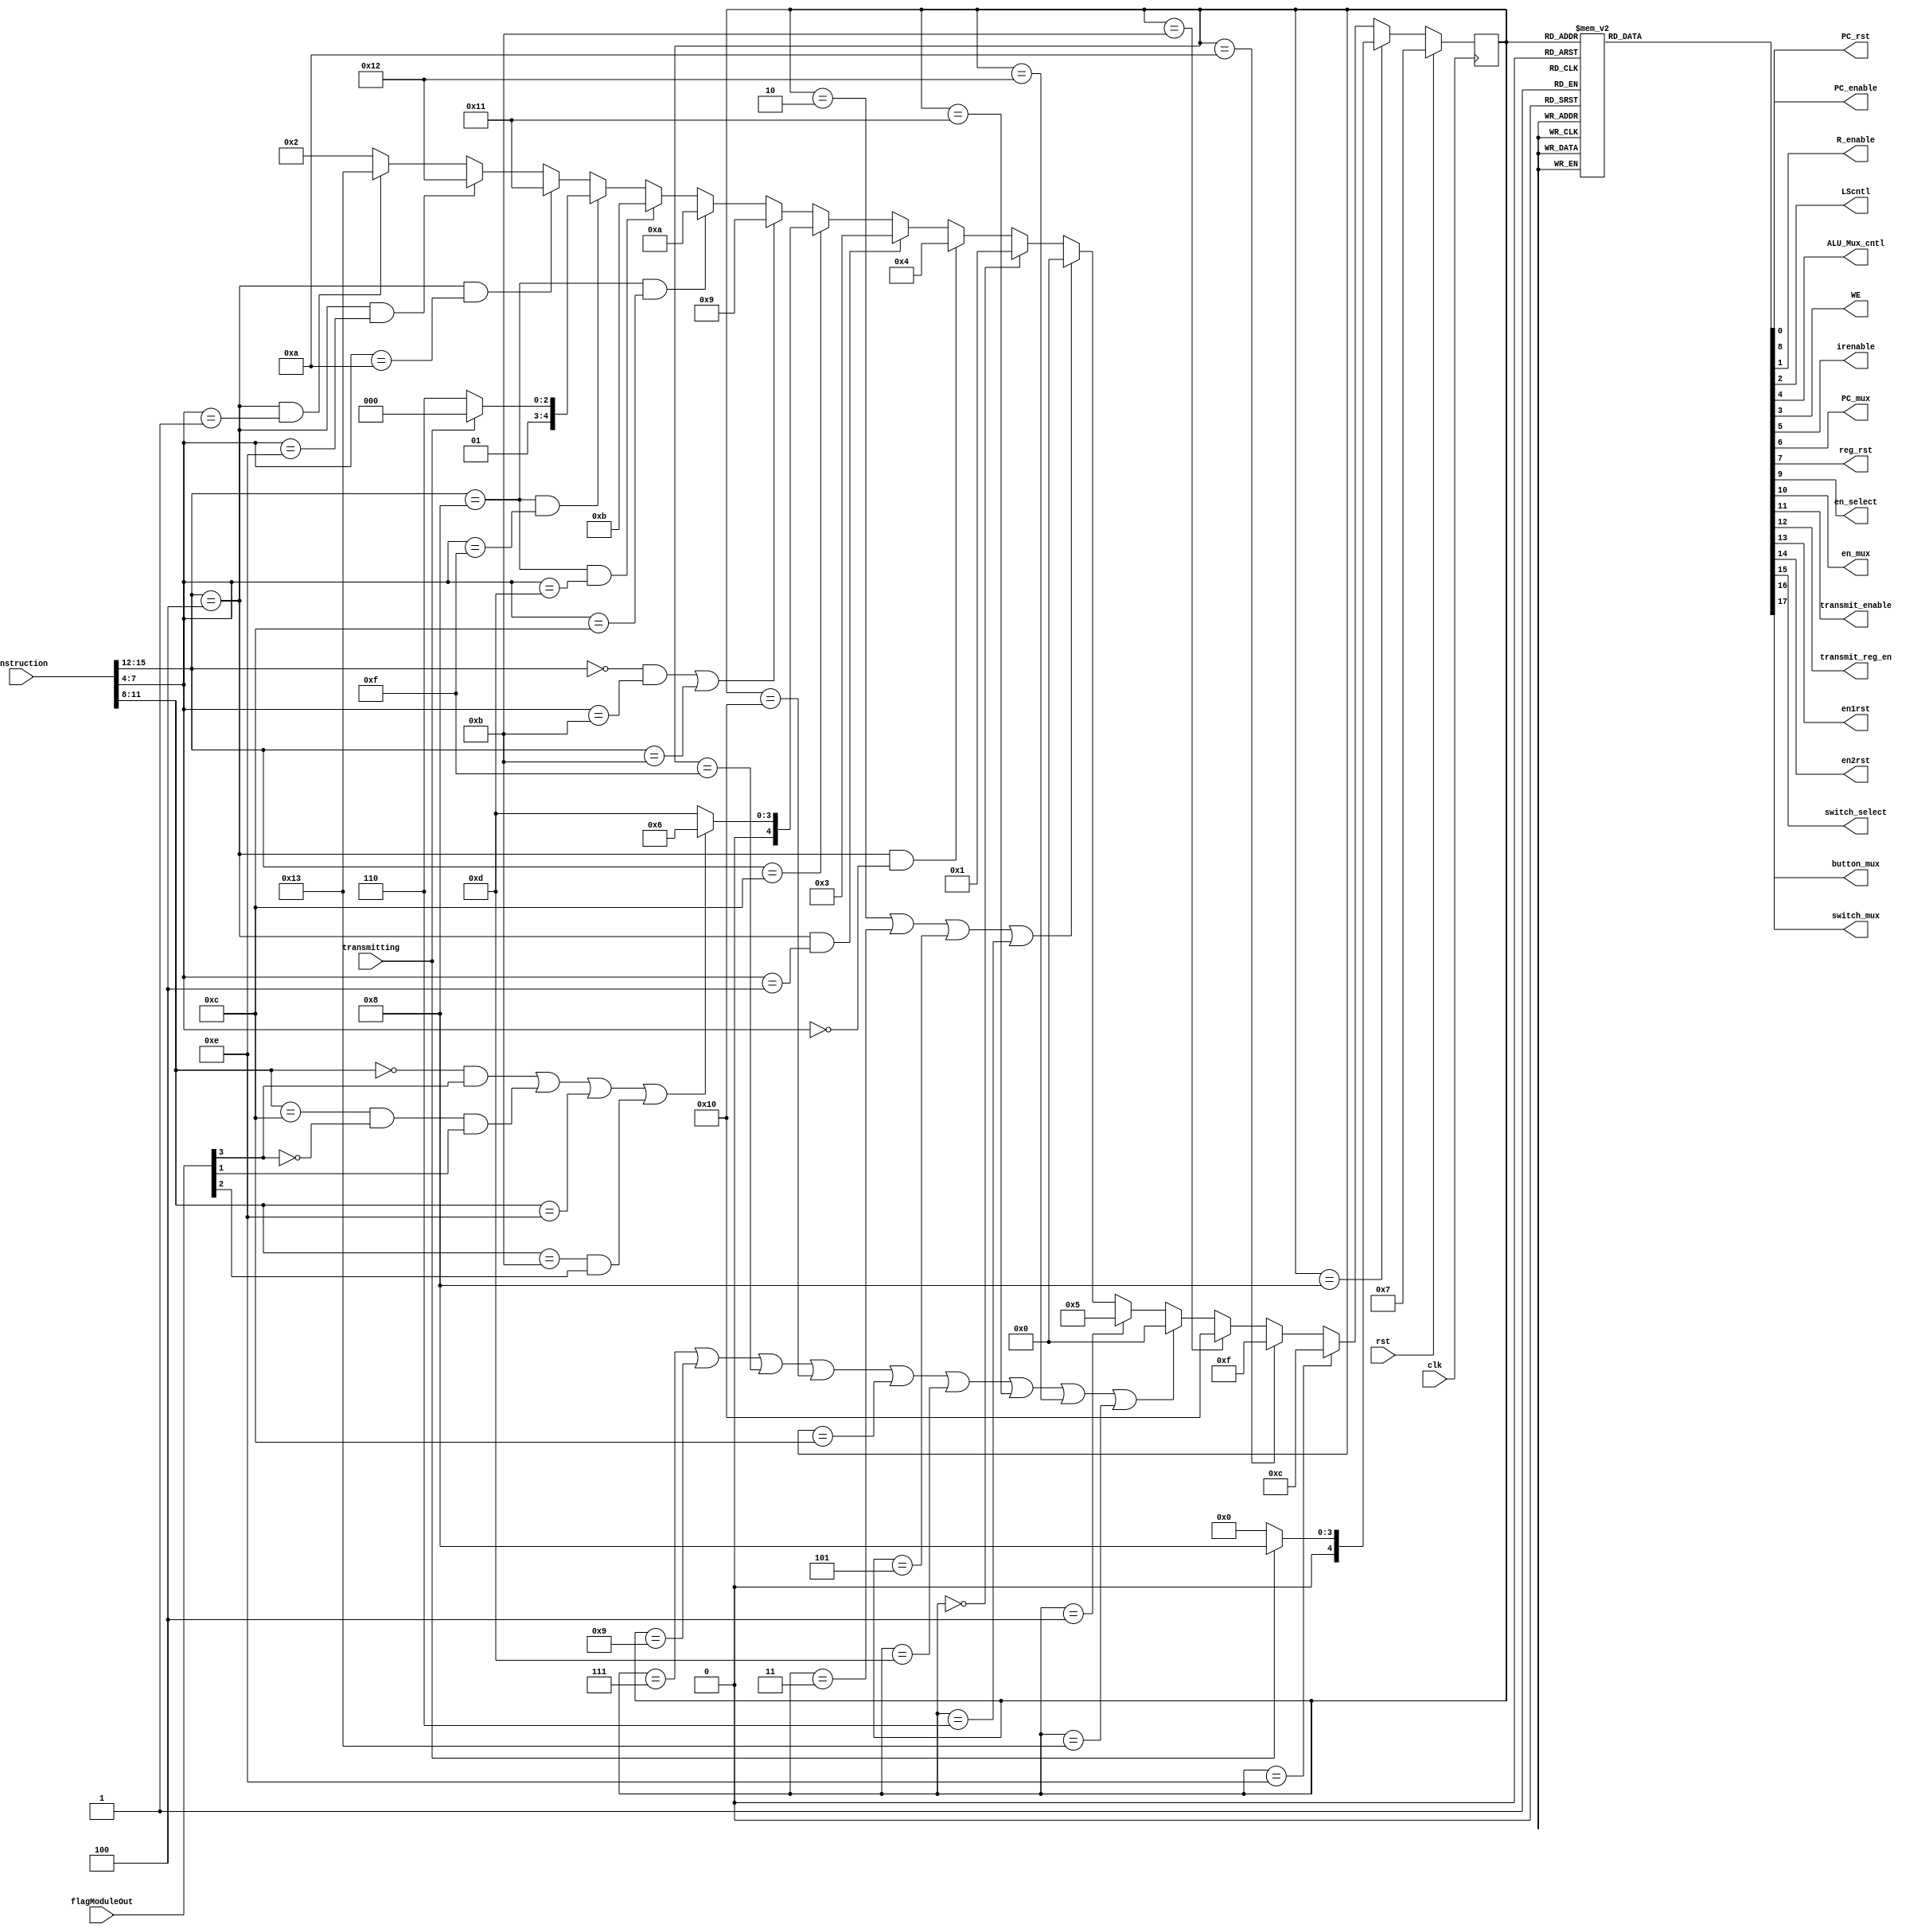
// This file creates an FSM to control basic R-type instructions.

module CPU_FSM(clk, rst, PC_enable, PC_rst, R_enable, LScntl, ALU_Mux_cntl, 
					instruction, WE, flagModuleOut,irenable, PC_mux, reg_rst, 
					en_select, en_mux,transmit_enable, transmitting, transmit_reg_en,en1rst,en2rst,switch_select,switch_mux,button_mux);
	input clk, rst, transmitting;
	input [15:0] instruction;
	input [4:0] flagModuleOut;
	
	output reg PC_enable;
	output reg R_enable;
	output reg LScntl;
	output reg ALU_Mux_cntl, button_mux;
	output reg WE;
	output reg irenable, PC_mux, reg_rst, PC_rst, en_select, en_mux,transmit_enable, transmit_reg_en,en1rst,en2rst,switch_select,switch_mux;
	
	// FSM States --------------------------------------------------------------------------------
	
	//Store state
	reg[4:0] y;
	
	//Parameters for the fsm states
	parameter[4:0] S0 = 5'h0, S1 = 5'h1, S2 = 5'h2, S3 = 5'h3, S4 = 5'h4, S5 = 5'h5, S6 = 5'h6, 
						STARTUP = 5'h7, NOP = 5'h8, CMP = 5'h9, ENC1 = 5'd10, ENC2 = 5'd11, TRANSMIT = 5'd12,
						BRANCH_WAIT = 5'd13, TRANS_LOAD = 5'd14, EN1CLR = 5'd15, EN2CLR = 5'd16, SWITCHESL = 5'd17, SWITCHESR = 5'd18, BUTTONSTART = 5'd19;
						
	//Update state
	always @(posedge clk)
	begin
		if(rst) 
			y <= STARTUP;
			
		else if (y == NOP) begin
			if(!transmitting)
				y <= S0;
			else
				y <= NOP;
		end
		
		else if(y == TRANS_LOAD)
			y <= TRANSMIT;
			
		else if (y == ENC1)
			y <= EN1CLR;
			
		else if (y == ENC2)
			y <= EN2CLR;
			
		else if(y == STARTUP || y == CMP || y == EN1CLR || y == EN2CLR || y == TRANSMIT || y == BRANCH_WAIT || y == SWITCHESL || y == SWITCHESR || y == BUTTONSTART)
			y <= S0;
			
		else if(y == S4) 
			y <= S5;
		
		else if(y == S2 || y == S3 || y == S5 || y == S6) 
			y <= S0;
		else if(y == S0)
			y <= S1;
		else 
		begin
			//Check to see if the current operation is a load instruction
			if (instruction[15:12] == 4'b0100 && instruction[7:4] == 4'b0000) 
				y <=S4;
			
			//Check to see if the current operation is a store instruction
			else if(instruction[15:12] == 4'b0100 && instruction[7:4] == 4'b0100) 
				y <= S3;
			
			//Check to see if the current operation is a branch instruction
			else if(instruction[15:12] == 4'b1100) begin
				if((instruction[11:8] == 4'b0000 && flagModuleOut[3]) || 
					(instruction[11:8] == 4'b1100 && !flagModuleOut[3] && flagModuleOut[1]) || 
					instruction[11:8] == 4'b1110 ||
					instruction[11:8] == 4'b1011 && flagModuleOut[2])
					y <= S6;
				else
					y <= BRANCH_WAIT;
			end
			
			//Check for compare isntruction
			else if((instruction[15:12] == 4'b0000 && instruction[7:4] == 4'b1011) || instruction[15:12] == 4'b1011)
				y <= CMP;
			
			//check for reading from encoder 1
			else if((instruction[15:12] == 4'b1000 && instruction[7:4] == 4'b1100))
				y <= ENC1;	
				
			//check for reading from encoder 2
			else if((instruction[15:12] == 4'b1000 && instruction[7:4] == 4'b1101))
				y <= ENC2;
				
			//check for transmit instruction
			else if((instruction[15:12] == 4'b1000 && instruction[7:4] == 4'b1111)) begin
				if(!transmitting)
					y <= TRANS_LOAD;
				else
					y <= NOP;
			end
			
			//check for load from left switch
			else if((instruction[15:12] == 4'b0100 && instruction[7:4] == 4'b1010))
				y <= SWITCHESL;
			
			//check for load from right switch
			else if((instruction[15:12] == 4'b0100 && instruction[7:4] == 4'b1110))
				y <= SWITCHESR;
			
			//check for load from button into reg	
			else if((instruction[15:12] == 4'b0100 && instruction[7:4] == 4'b0001))
				y <= BUTTONSTART;
			
			
			//If none it must be an R type instruction
			else 
				y <= S2;
		end		
	end
	
	//Update output
	always @(y)
	begin
		case(y)
			S0: begin 
				// 0 disables incrementing PC
				PC_enable = 1'b0;
				// Register write enable
				R_enable = 1'b0;
				// Controls what address to read/write from in memory bus A. (0) from register B, (1) from PC. 
				LScntl = 1'b1;
				// Write enable for memory
				WE = 1'b0;
				// Writeback mux, 1 passes through alu result to wb, 0 changes to memory value.
				ALU_Mux_cntl = 1'b0;
				irenable = 1'b0;
				PC_mux = 1'b0;
				reg_rst = 1'b0;
				PC_rst = 1'b0;
				en_select = 1'b0;
				en_mux = 1'b0;
				transmit_enable = 1'b0;
				transmit_reg_en = 1'b0;
				en1rst = 1'b0;
				en2rst= 1'b0;
				switch_select = 1'b0;
				switch_mux = 1'b0;
				button_mux = 1'b0;
			end
			
			S1: begin
				PC_enable = 1'b0;
				R_enable = 1'b0;
				LScntl = 1'b1;
				WE = 1'b0;
				ALU_Mux_cntl = 1'b0;
				irenable = 1'b1;
				PC_mux = 1'b0;
				reg_rst = 1'b0;
				PC_rst = 1'b0;
				en_select = 1'b0;
				en_mux = 1'b0;
				transmit_enable = 1'b0;
				transmit_reg_en = 1'b0;
				en1rst = 1'b0;
				en2rst= 1'b0;
				switch_select = 1'b0;
				switch_mux = 1'b0;
				button_mux = 1'b0;
			end
			
			//This state is only selected if the instruction is a typical  R/I type
			S2: begin
				PC_enable = 1'b1;
				R_enable = 1'b1; 
				LScntl = 1'b1;
				WE = 1'b0;
				ALU_Mux_cntl = 1'b0;
				irenable = 1'b0;
				PC_mux = 1'b0;
				reg_rst = 1'b0;
				PC_rst = 1'b0;
				en_select = 1'b0;
				en_mux = 1'b0;
				transmit_enable = 1'b0;
				transmit_reg_en = 1'b0;
				en1rst = 1'b0;
				en2rst= 1'b0;
				switch_select = 1'b0;
				switch_mux = 1'b0;
				button_mux = 1'b0;
			end
		
			//This state is only selected if the instruction is store type
			S3: begin 
				PC_enable = 1'b1;
				R_enable = 1'b0;
				LScntl = 1'b0;
				WE = 1'b1;
				ALU_Mux_cntl = 1'bx;
				irenable = 1'b1;
				PC_mux = 1'b0;
				reg_rst = 1'b0;
				PC_rst = 1'b0;
				en_select = 1'b0;
				en_mux = 1'b0;
				transmit_enable = 1'b0;
				transmit_reg_en = 1'b0;
				en1rst = 1'b0;
				en2rst= 1'b0;
				switch_select = 1'b0;
				switch_mux = 1'b0;
				button_mux = 1'b0;
			end
		
			//These two states are only selcted if the instruction is load type
			S4: begin 
				PC_enable = 1'b0;
				R_enable = 1'b0;
				LScntl = 1'b0;
				WE = 1'b0;
				ALU_Mux_cntl = 1'b0;
				irenable = 1'b0;
				PC_mux = 1'b0;
				reg_rst = 1'b0;
				PC_rst = 1'b0;
				en_select = 1'b0;
				en_mux = 1'b0;
				transmit_enable = 1'b0;
				transmit_reg_en = 1'b0;
				en1rst = 1'b0;
				en2rst= 1'b0;
				switch_select = 1'b0;
				switch_mux = 1'b0;
				button_mux = 1'b0;
			end
		
			// Load the value from the address loaded in S4 into a register.
			S5: begin 
				PC_enable = 1'b1;
				R_enable = 1'b1;
				LScntl = 1'b0;
				WE = 1'b0;
				ALU_Mux_cntl = 1'b1;
				irenable = 1'b0;
				PC_mux = 1'b0;
				reg_rst = 1'b0;
				PC_rst = 1'b0;
				en_select = 1'b0;
				en_mux = 1'b0;
				transmit_enable = 1'b0;
				transmit_reg_en = 1'b0;
				en1rst = 1'b0;
				en2rst= 1'b0;
				switch_select = 1'b0;
				switch_mux = 1'b0;
				button_mux = 1'b0;
			end
			
			// Increment the program counter with the brach displacement
			S6: begin 
				PC_enable = 1'b1;
				R_enable = 1'b0;
				LScntl = 1'b1;
				WE = 1'b0;
				ALU_Mux_cntl = 1'b0;
				irenable = 1'b0;
				PC_mux = 1'b1;
				reg_rst = 1'b0;
				PC_rst = 1'b0;
				en_select = 1'b0;
				en_mux = 1'b0;
				transmit_enable = 1'b0;
				transmit_reg_en = 1'b0;
				en1rst = 1'b0;
				en2rst= 1'b0;
				switch_select = 1'b0;
				switch_mux = 1'b0;
				button_mux = 1'b0;
			end
			
			// Startup state to initialize registers
			STARTUP: begin 
				PC_enable = 1'b0;
				R_enable = 1'b0;
				LScntl = 1'b0;
				WE = 1'b0;
				ALU_Mux_cntl = 1'b0;
				irenable = 1'b0;
				PC_mux = 1'b0;
				reg_rst = 1'b1;
				PC_rst = 1'b1;
				en_select = 1'b0;
				en_mux = 1'b0;
				transmit_enable = 1'b0;
				transmit_reg_en = 1'b0;
				en1rst = 1'b0;
				en2rst= 1'b0;
				switch_select = 1'b0;
				switch_mux = 1'b0;
				button_mux = 1'b0;
			end
			// Do nothing but update PC
			BRANCH_WAIT: begin
				PC_enable = 1'b1;
				R_enable = 1'b0;
				LScntl = 1'b0;
				WE = 1'b0;
				ALU_Mux_cntl = 1'b0;
				irenable = 1'b0;
				PC_mux = 1'b0;
				reg_rst = 1'b0;
				PC_rst = 1'b0;
				en_select = 1'b0;
				en_mux = 1'b0;
				transmit_enable = 1'b0;
				transmit_reg_en = 1'b0;
				en1rst = 1'b0;
				en2rst= 1'b0;
				switch_select = 1'b0;
				switch_mux = 1'b0;
				button_mux = 1'b0;				
			end
			
			// Do nothing
			NOP: begin
				PC_enable = 1'b0;
				R_enable = 1'b0;
				LScntl = 1'b1;
				WE = 1'b0;
				ALU_Mux_cntl = 1'b0;
				irenable = 1'b0;
				PC_mux = 1'b0;
				reg_rst = 1'b0;
				PC_rst = 1'b0;
				en_select = 1'b0;
				en_mux = 1'b0;
				transmit_enable = 1'b0;
				transmit_reg_en = 1'b0;	
				en1rst = 1'b0;
				en2rst= 1'b0;
				switch_select = 1'b0;
				switch_mux = 1'b0;
				button_mux = 1'b0;
			end
			CMP: begin
				PC_enable = 1'b1;
				R_enable = 1'b0; 
				LScntl = 1'b1;
				WE = 1'b0;
				ALU_Mux_cntl = 1'b0;
				irenable = 1'b0;
				PC_mux = 1'b0;
				reg_rst = 1'b0;
				PC_rst = 1'b0;
				en_select = 1'b0;
				en_mux = 1'b0;
				transmit_enable = 1'b0;
				transmit_reg_en = 1'b0;
				en1rst = 1'b0;
				en2rst= 1'b0;
				switch_select = 1'b0;
				switch_mux = 1'b0;
				button_mux = 1'b0;
			end
			
			ENC1: begin
				PC_enable = 1'b0;
				R_enable = 1'b1; 
				LScntl = 1'b1;
				WE = 1'b0;
				ALU_Mux_cntl = 1'b0;
				irenable = 1'b0;
				PC_mux = 1'b0;
				reg_rst = 1'b0;
				PC_rst = 1'b0;
				en_select = 1'b0;
				en_mux = 1'b1;
				transmit_enable = 1'b0;
				transmit_reg_en = 1'b0;
				en1rst = 1'b0;
				en2rst= 1'b0;
				switch_select = 1'b0;
				switch_mux = 1'b0;
				button_mux = 1'b0;
			end
			
			EN1CLR: begin
				PC_enable = 1'b1;
				R_enable = 1'b0; 
				LScntl = 1'b1;
				WE = 1'b0;
				ALU_Mux_cntl = 1'b0;
				irenable = 1'b0;
				PC_mux = 1'b0;
				reg_rst = 1'b0;
				PC_rst = 1'b0;
				en_select = 1'b0;
				en_mux = 1'b0;
				transmit_enable = 1'b0;
				transmit_reg_en = 1'b0;
				en1rst = 1'b1;
				en2rst= 1'b0;
				switch_select = 1'b0;
				switch_mux = 1'b0;
				button_mux = 1'b0;
			end
			
			
			ENC2: begin
				PC_enable = 1'b0;
				R_enable = 1'b1; 
				LScntl = 1'b1;
				WE = 1'b0;
				ALU_Mux_cntl = 1'b0;
				irenable = 1'b0;
				PC_mux = 1'b0;
				reg_rst = 1'b0;
				PC_rst = 1'b0;
				en_select = 1'b1;
				en_mux = 1'b1;
				transmit_enable = 1'b0;
				transmit_reg_en = 1'b0;
				en1rst = 1'b0;
				en2rst= 1'b0;
				switch_select = 1'b0;
				switch_mux = 1'b0;
				button_mux = 1'b0;
			end

			//this also needs to be updated
			EN2CLR: begin
				PC_enable = 1'b1;
				R_enable = 1'b0; 
				LScntl = 1'b1;
				WE = 1'b0;
				ALU_Mux_cntl = 1'b0;
				irenable = 1'b0;
				PC_mux = 1'b0;
				reg_rst = 1'b0;
				PC_rst = 1'b0;
				en_select = 1'b1;
				en_mux = 1'b0;
				transmit_enable = 1'b0;
				transmit_reg_en = 1'b0;
				en1rst = 1'b0;
				en2rst= 1'b1;
				switch_select = 1'b0;
				switch_mux = 1'b0;
				button_mux = 1'b0;
			end
			
			TRANS_LOAD: begin
				PC_enable = 1'b0;
				R_enable = 1'b0;
				LScntl = 1'b1;
				WE = 1'b0;
				ALU_Mux_cntl = 1'b0;
				irenable = 1'b0;
				PC_mux = 1'b0;
				reg_rst = 1'b0;
				PC_rst = 1'b0;
				en_select = 1'b0;
				en_mux = 1'b0;
				transmit_enable = 1'b0;
				transmit_reg_en = 1'b1;
				en1rst = 1'b0;
				en2rst= 1'b0;
				switch_select = 1'b0;
				switch_mux = 1'b0;
				button_mux = 1'b0;
			end
			//Transmit
			TRANSMIT: begin
				PC_enable = 1'b1;
				R_enable = 1'b0;
				LScntl = 1'b1;
				WE = 1'b0;
				ALU_Mux_cntl = 1'b0;
				irenable = 1'b0;
				PC_mux = 1'b0;
				reg_rst = 1'b0;
				PC_rst = 1'b0;
				en_select = 1'b0;
				en_mux = 1'b0;
				transmit_enable = 1'b1;
				transmit_reg_en = 1'b0;
				en1rst = 1'b0;
				en2rst= 1'b0;
				switch_select = 1'b0;
				switch_mux = 1'b0;
				button_mux = 1'b0;
			end
			
			SWITCHESL: begin
				PC_enable = 1'b1;
				R_enable = 1'b1;
				LScntl = 1'b1;
				WE = 1'b0;
				ALU_Mux_cntl = 1'b0;
				irenable = 1'b0;
				PC_mux = 1'b0;
				reg_rst = 1'b0;
				PC_rst = 1'b0;
				en_select = 1'b0;
				en_mux = 1'b0;
				transmit_enable = 1'b0;
				transmit_reg_en = 1'b0;
				en1rst = 1'b0;
				en2rst= 1'b0;
				switch_select = 1'b0;
				switch_mux = 1'b1;
				button_mux = 1'b0;
				
			end
			
			SWITCHESR: begin
				PC_enable = 1'b1;
				R_enable = 1'b1;
				LScntl = 1'b1;
				WE = 1'b0;
				ALU_Mux_cntl = 1'b0;
				irenable = 1'b0;
				PC_mux = 1'b0;
				reg_rst = 1'b0;
				PC_rst = 1'b0;
				en_select = 1'b0;
				en_mux = 1'b0;
				transmit_enable = 1'b0;
				transmit_reg_en = 1'b0;
				en1rst = 1'b0;
				en2rst= 1'b0;
				switch_select = 1'b1;
				switch_mux = 1'b1;
				button_mux = 1'b0;
				
			end
			
			BUTTONSTART: begin
				PC_enable = 1'b1;
				R_enable = 1'b1;
				LScntl = 1'b1;
				WE = 1'b0;
				ALU_Mux_cntl = 1'b0;
				irenable = 1'b0;
				PC_mux = 1'b0;
				reg_rst = 1'b0;
				PC_rst = 1'b0;
				en_select = 1'b0;
				en_mux = 1'b0;
				transmit_enable = 1'b0;
				transmit_reg_en = 1'b0;
				en1rst = 1'b0;
				en2rst= 1'b0;
				switch_select = 1'b0;
				switch_mux = 1'b0;
				button_mux = 1'b1;
			end	
			
			default: begin 
				PC_enable = 1'b0;
				R_enable = 1'b0;
				LScntl = 1'b0;
				WE = 1'b0;
				ALU_Mux_cntl = 1'b0;
				irenable = 1'b0;
				PC_mux = 1'b0;
				reg_rst = 1'b0;
				PC_rst = 1'b0;
				en_select = 1'b0;
				en_mux = 1'b0;
				transmit_enable = 1'b0;
				transmit_reg_en = 1'b0;
				en1rst = 1'b0;
				en2rst= 1'b0;
				switch_select = 1'b0;
				switch_mux = 1'b0;
				button_mux = 1'b0;
			end
		endcase
	end
endmodule